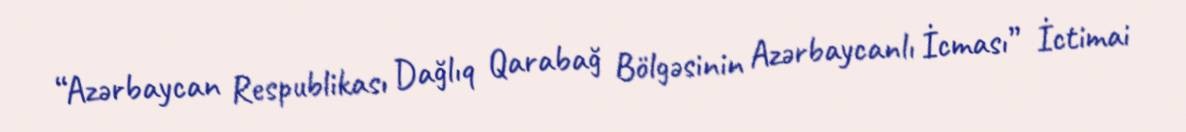
“Azərbaycan Respublikası Dağlıq Qarabağ Bölgəsinin Azərbaycanlı İcması” İctimai